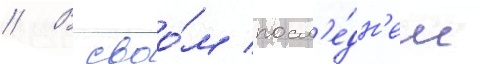
// В своо́м посл'е́дн'ем